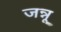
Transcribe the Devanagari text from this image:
जन्नू